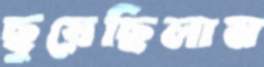
ছুয়েছিলাম